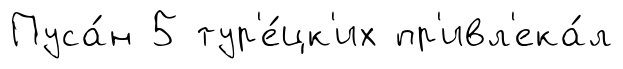
Пуса́н 5 тур'е́цк'их пр'ивл'ека́л